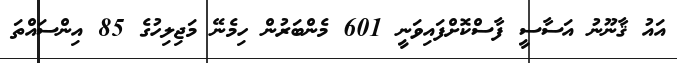
އައު ޤާނޫނު އަސާސީ ފާސްކޮށްފައިވަނީ 601 މެންބަރުން ހިމެނޭ މަޖިލިހުގެ 85 އިންސައްތަ